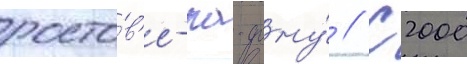
росто́в'е-на-дону́ // С 2000